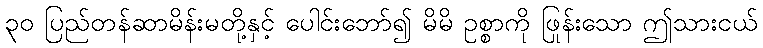
၃၀ ပြည်တန်ဆာမိန်းမတို့နှင့် ပေါင်းဘော်၍ မိမိ ဥစ္စာကို ဖြုန်းသော ဤသားငယ်